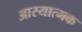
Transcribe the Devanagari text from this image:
आस्यात्मक